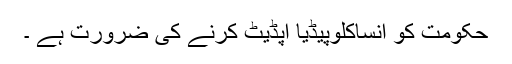
حکومت کو انساکلوپیڈیا اپڈیٹ کرنے کی ضرورت ہے ۔